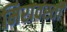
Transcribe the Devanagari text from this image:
मिरावस्ती